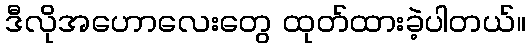
ဒီလိုအဟောလေးတွေ ထုတ်ထားခဲ့ပါတယ်။